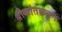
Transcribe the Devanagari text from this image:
श्रीकांतकडून